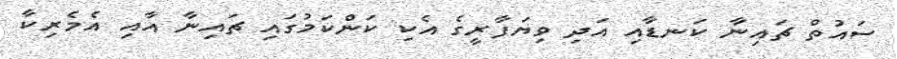
ސައުތް ޗައިނާ ކަނޑާއި އަދި ވިޔަފާރީގެ އެކި ކަންކަމުގައި ޗައިނާ އާއި އެމެރިކާ